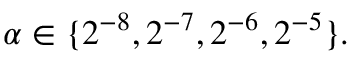
\alpha \in \{ 2 ^ { - 8 } , 2 ^ { - 7 } , 2 ^ { - 6 } , 2 ^ { - 5 } \} .